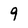
Character: 9